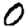
Digit: 0